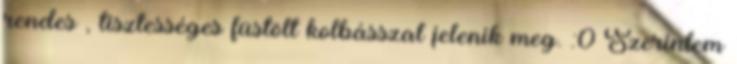
rendes , tisztességes füstölt kolbásszal jelenik meg. :0 Szerintem